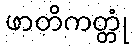
ဖာတိကတ္တုံ